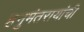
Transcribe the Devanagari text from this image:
हनुमंतरायांची